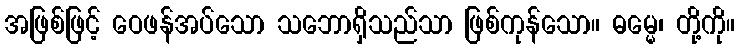
အဖြစ်ဖြင့် ဝေဖန်အပ်သော သဘောရှိသည်သာ ဖြစ်ကုန်သော။ ဓမ္မေ၊ တို့ကို။